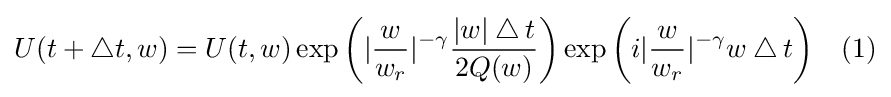
U(t+\bigtriangleup t,w)=U(t,w)\exp {\bigg (}|{\frac {w}{w_{r}}}|^{-\gamma }{\frac {|w|\bigtriangleup t}{2Q(w)}}{\bigg )}\exp {\bigg (}i|{\frac {w}{w_{r}}}|^{-\gamma }w\bigtriangleup t{\bigg )}\quad (1)